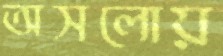
অসলোয়